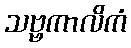
သဗ္ဗကာလိကံ